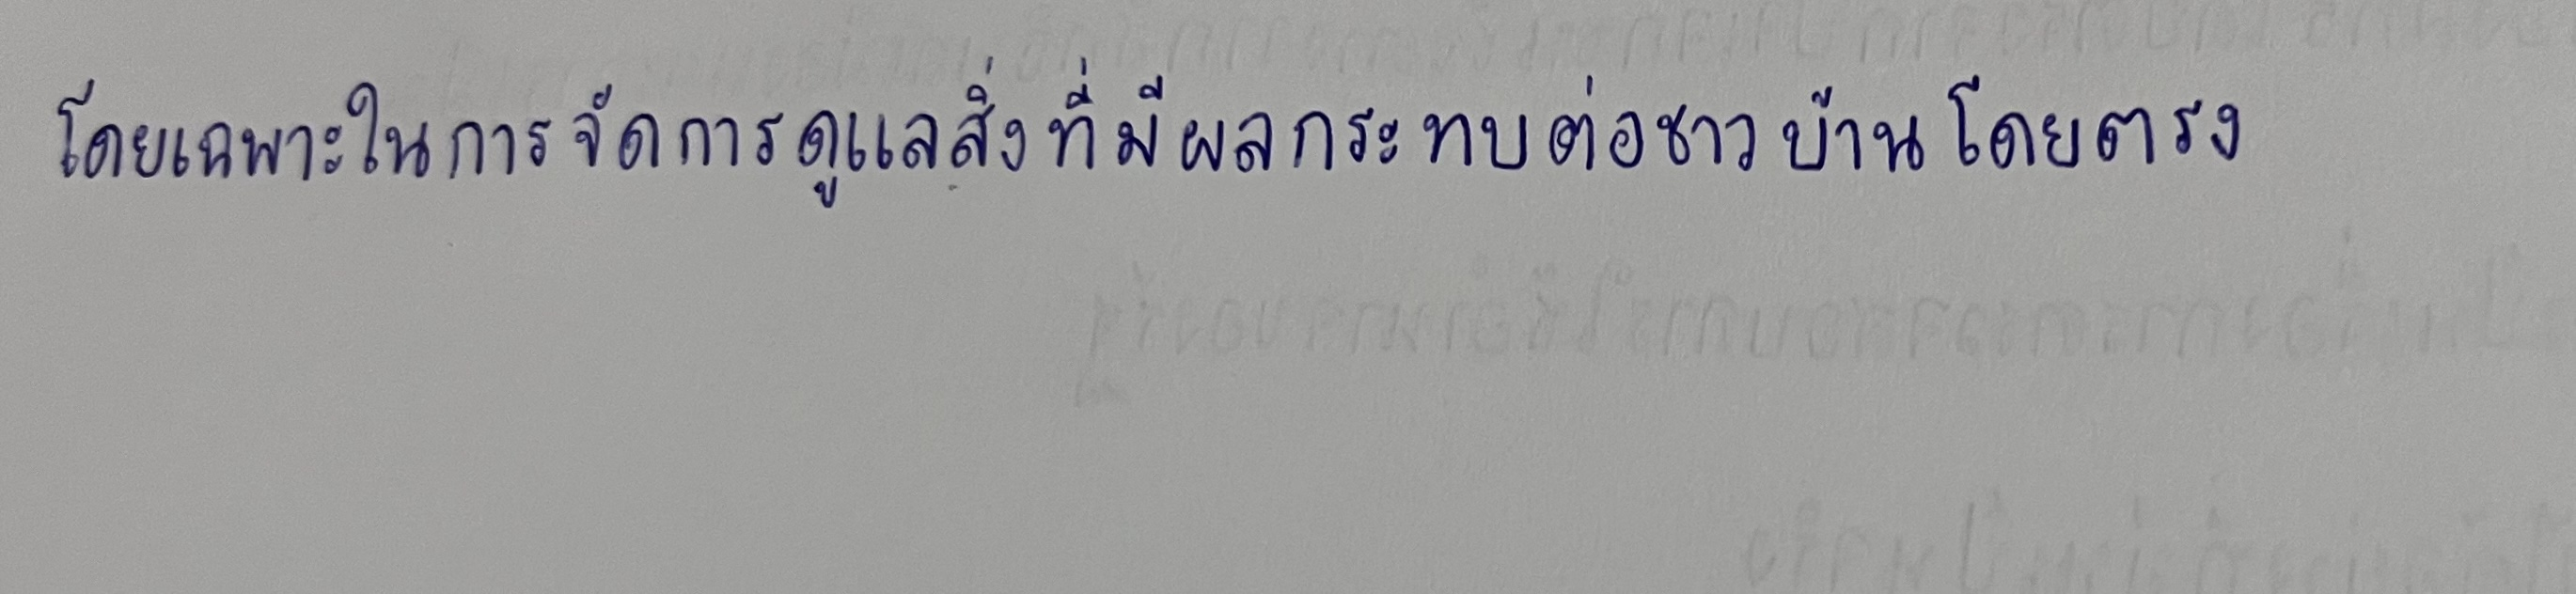
แต่ประชาชนก็มีภูมิคุ้มกันไม่น้อยกว่าศาลเพราะกฎหมายให้ความคุ้มครองทุกคน